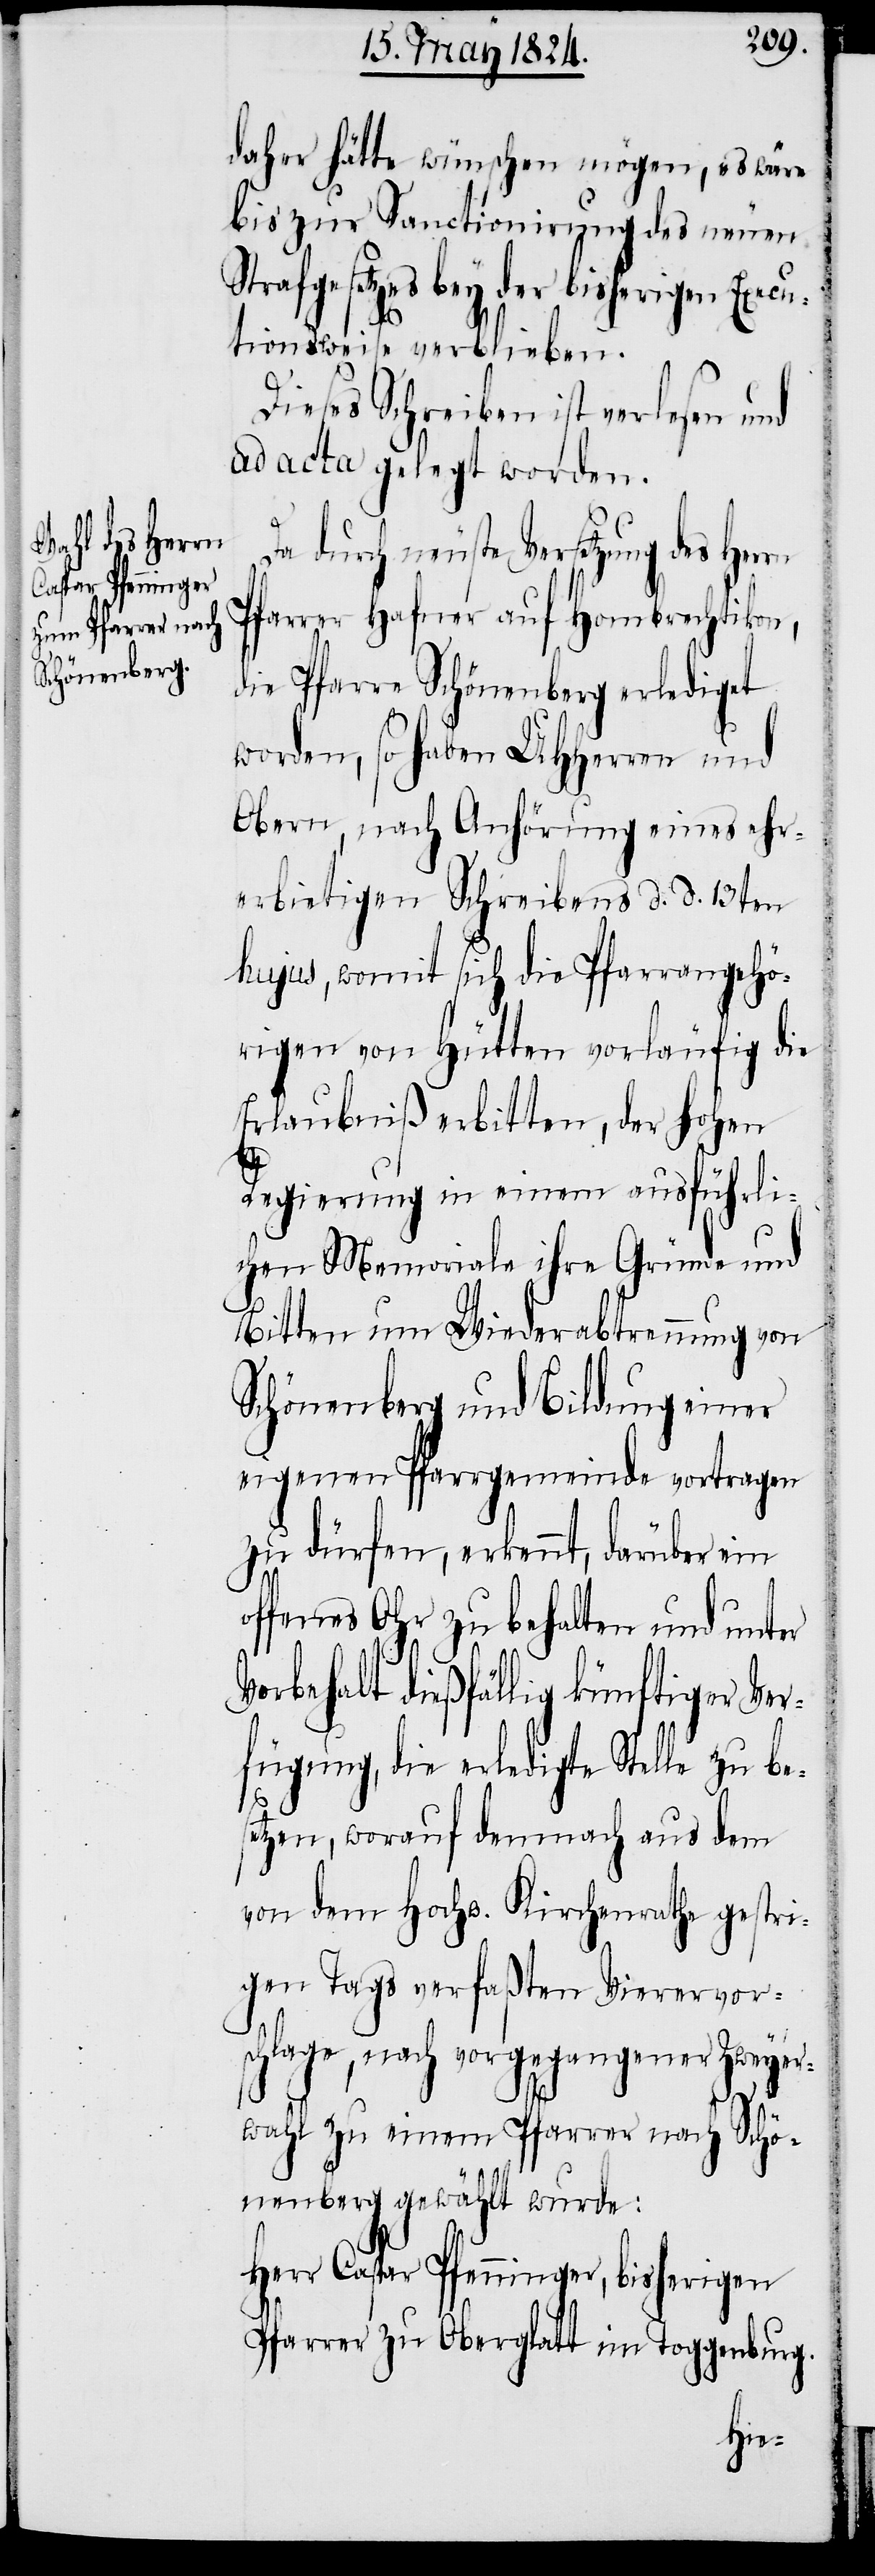
daher hätte wünschen mögen, es wäre
bis zur Sanctionirung des neuen
Strafgesetzes bey der bisherigen Execu¬
tionsweise verlieben.
Dieses Schreiben ist verlesen und
ad acta gelegt worden.
Da durch neuste Versetzung des
Pfarrer Hafner auf Hombrechtikon,
die Pfarre Schönenberg erlediget
worden, so haben UHHerren und
Obern, nach Anhörung eines ehr¬
erbietigen Schreibens d. d. 13ten
hujus, womit sich die Pfarrangehö¬
rigen von Hütten vorläufig die
Erlaubniß erbitten, der hohen
Regierung in einem ausführli¬
chen Memoriale ihre Gründe und
Bitten um Wiederabtrennung von
Schönenberg und Bildung einer
eigenen Pfarrgemeinde vortragen
zu dürfen, erkennt, darüber ein
offenes Ohr zu behalten und unter
Vorbehalt dießfällig künftiger Ver¬
fügung, die erledigte Stelle zu be¬
setzen, worauf demnach aus dem
von dem Hochw. Kirchenrathe gestri¬
gen Tags verfaßten Vierervor¬
schlage, nach vorgegangener Zweyer¬
wahl zu einem Pfarrer nach Schö¬
nenberg gewählt wurde:
Herr Caspar Pfenninger, bisherigen
Pfarrer zu Oberglatt im Toggenburg.